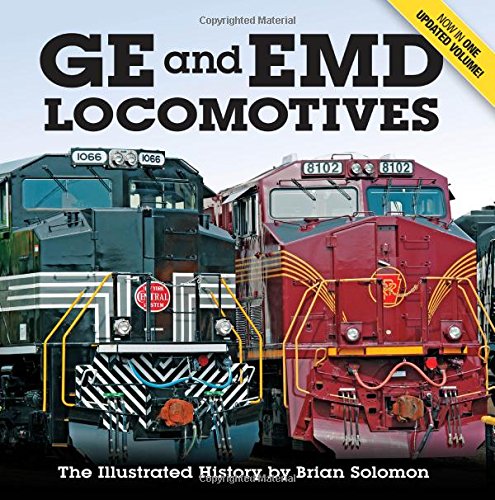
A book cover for GE and EMD Locomotives: The Illustrated History; Brian Solomon; Engineering & Transportation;